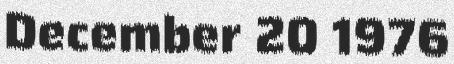
December 20 1976